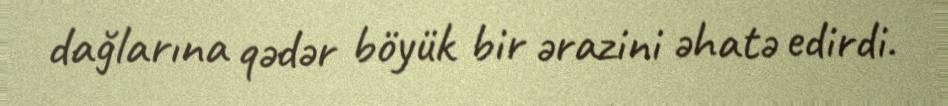
dağlarına qədər böyük bir ərazini əhatə edirdi.